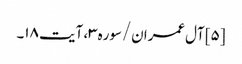
[۵] آل‌عمران/سوره۳، آیت ۱۸۔